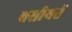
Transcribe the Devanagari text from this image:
वसीयतें